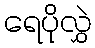
ရေပိုလွှဲ